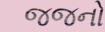
જજનો